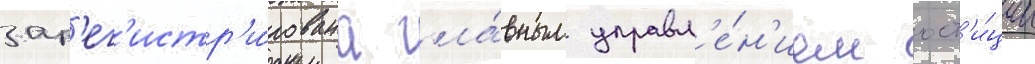
зар'ег'истр'и́рована гла́вным управл'е́н'ием юст'и́ции